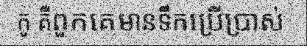
កូ គឺពួកគេមានទឹកប្រើប្រាស់